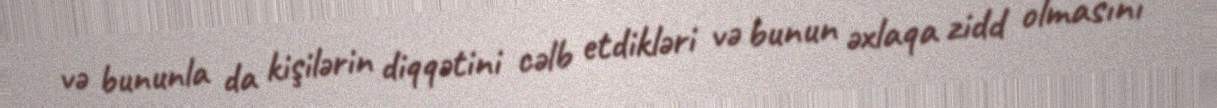
və bununla da kişilərin diqqətini cəlb etdikləri və bunun əxlaqa zidd olmasını